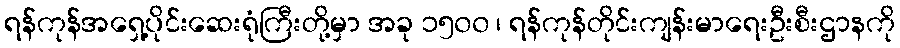
ရန်ကုန်အရှေ့ပိုင်းဆေးရုံကြီးတို့မှာ အခု ၁၅၀၀ ၊ ရန်ကုန်တိုင်းကျန်းမာရေးဦးစီးဌာနကို